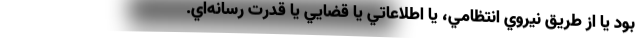
بود يا از طريق نيروي انتظامي، يا اطلاعاتي يا قضايي يا قدرت رسانه‌اي.